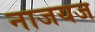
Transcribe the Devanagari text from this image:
नाजयज